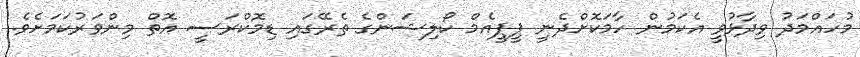
މުހައްމަދު ވިދާޅުވީ އެކަމުން ހާމަކޮށްދެނީ ޕީޕީއެމް ކޯލިޝަންގެ ތެރޭގައި ޑިމޮކްރަސީ އޮތް މިންވަރުކަމަށެވެ.